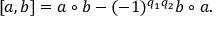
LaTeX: \lbrack a , b ] = a \circ b - ( - 1 ) ^ { q _ { 1 } q _ { 2 } } b \circ a .